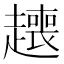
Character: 𬦟